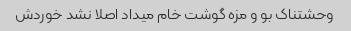
وحشتناک بو و مزه گوشت خام میداد اصلا نشد خوردش